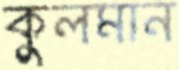
কুলমান